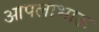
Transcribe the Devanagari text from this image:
आपलाभाऊ